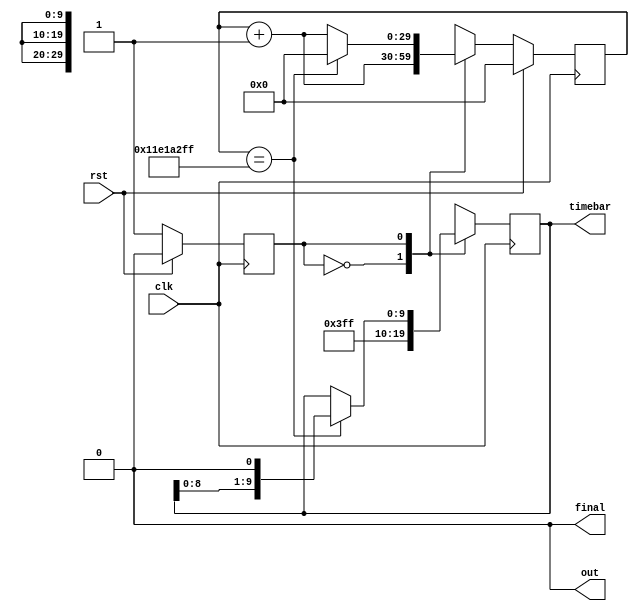
/*
   This file was generated automatically by the Mojo IDE version B1.3.6.
   Do not edit this file directly. Instead edit the original Lucid source.
   This is a temporary file and any changes made to it will be destroyed.
*/

module timer_10 (
    input clk,
    input rst,
    output reg out,
    output reg [9:0] timebar,
    output reg final
  );
  
  
  
  reg [29:0] M_countdown_d, M_countdown_q = 1'h0;
  localparam FIRST_ITR_newfsm = 1'd0;
  localparam SECOND_ITR_newfsm = 1'd1;
  
  reg M_newfsm_d, M_newfsm_q = FIRST_ITR_newfsm;
  reg [9:0] M_time_store_d, M_time_store_q = 1'h0;
  
  always @* begin
    M_newfsm_d = M_newfsm_q;
    M_countdown_d = M_countdown_q;
    M_time_store_d = M_time_store_q;
    
    out = 1'h0;
    final = 1'h0;
    timebar = M_time_store_q;
    M_countdown_d = M_countdown_q + 1'h1;
    
    case (M_newfsm_q)
      FIRST_ITR_newfsm: begin
        M_time_store_d = 10'h3ff;
        M_newfsm_d = SECOND_ITR_newfsm;
      end
      SECOND_ITR_newfsm: begin
        if (M_countdown_q == 29'h11e1a2ff) begin
          M_time_store_d = M_time_store_q << 1'h1;
          timebar = M_time_store_q;
          M_countdown_d = 1'h0;
        end else begin
          M_time_store_d = M_time_store_q;
        end
      end
    endcase
  end
  
  always @(posedge clk) begin
    M_time_store_q <= M_time_store_d;
    
    if (rst == 1'b1) begin
      M_countdown_q <= 1'h0;
      M_newfsm_q <= 1'h0;
    end else begin
      M_countdown_q <= M_countdown_d;
      M_newfsm_q <= M_newfsm_d;
    end
  end
  
endmodule